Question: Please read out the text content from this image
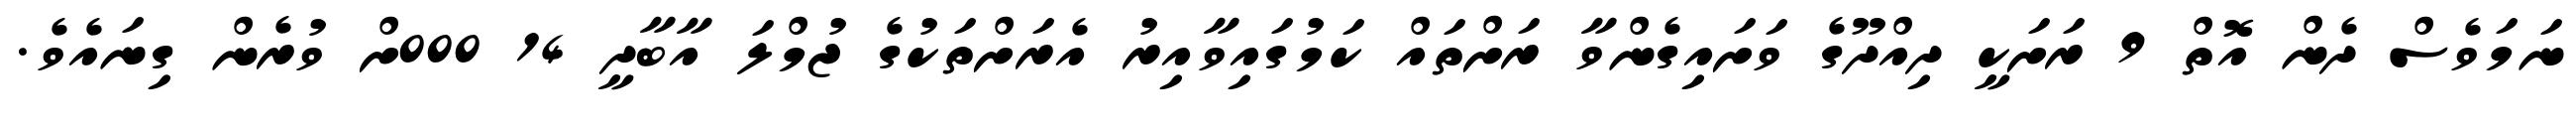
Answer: ނަމަވެސް ދެން އޮތް 9 ރަށަކީ ދިއްދޫގެ ވަށައިގެންވާ ރަށްތައް ކަމުގައިވާއިރު އެރަށްތަކުގެ ޖުމްލަ އާބާދީ 14 000ށް ވުރެން ގިނައެވެ.